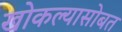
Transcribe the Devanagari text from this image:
खोकल्यासोबत